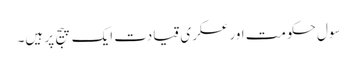
سول حکومت اور عسکری قیادت ایک پیج پر ہیں۔